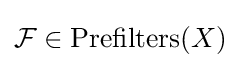
{\mathcal {F}}\in \operatorname {Prefilters} (X)